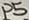
Text: P5